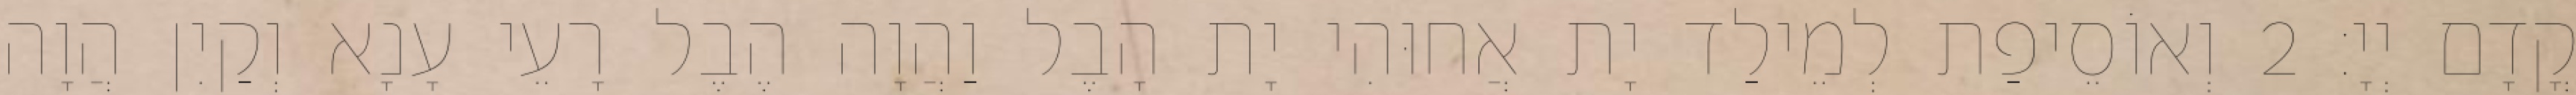
קֳדָם יְיָ׃ 2 וְאוֹסֵיפַת לְמֵילַד יָת אֲחוּהִי יָת הָבֶל וַהֲוָה הֶבֶל רָעֵי עָנָא וְקַיִן הֲוָה